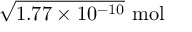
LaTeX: { \sqrt { 1 . 7 7 \times 1 0 ^ { - 1 0 } } } \ \mathrm { m o l }